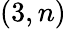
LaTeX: (3,n)